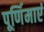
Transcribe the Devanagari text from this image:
पूर्णिमाएं